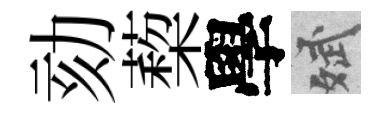
劾蔾學斌